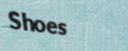
Shoes